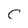
Character: C